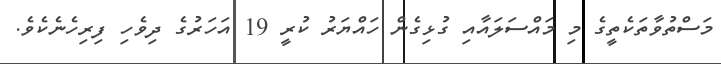
މަސްތުވާތަކެތީގެ މި މައްސަލައާއި ގުޅިގެން ހައްޔަރު ކުރީ 19 އަހަރުގެ ދިވެހި ފިރިހެނެކެވެ.